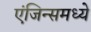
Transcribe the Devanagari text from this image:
एंजिन्समध्ये